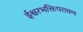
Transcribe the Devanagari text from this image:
ईश्वरभक्तिपरायण